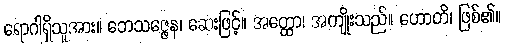
ရောဂါရှိသူအား။ ဘေသဇ္ဇေန၊ ဆေးဖြင့်။ အတ္ထော၊ အကျိုးသည်။ ဟောတိ၊ ဖြစ်၏။